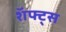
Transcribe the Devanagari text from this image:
शॅफ्ट्स